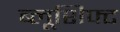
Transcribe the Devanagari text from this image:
ब्लूशिफ्ट